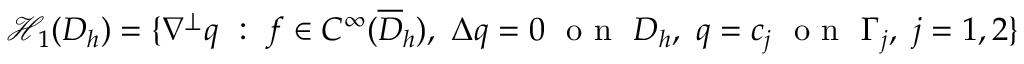
\mathcal { H } _ { 1 } ( D _ { h } ) = \{ \nabla ^ { \perp } q \ : \ f \in C ^ { \infty } ( \overline { { D } } _ { h } ) , \ \Delta q = 0 \ \mathrm { ~ o ~ n ~ } \ D _ { h } , \ q = c _ { j } \ \mathrm { ~ o ~ n ~ } \ \Gamma _ { j } , \ j = 1 , 2 \}